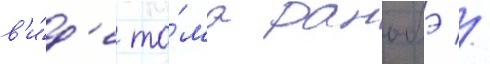
в'и́д'е то́ма ранобэ //